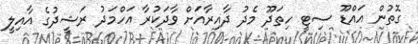
ގޮތުން އައްޑޫ ސިޓީ ހިތަދޫ މެދު ދާއިރާއަށް ވާދަކުރާ އަހްމަދު ރަޝީދުގެ އާއިލީ